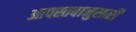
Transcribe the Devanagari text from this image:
आपस्तबानुसारी